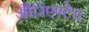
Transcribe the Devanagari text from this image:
औरिएण्टेड